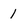
Character: 1